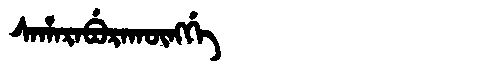
Manchu: ᠰᠠᡥᠠᡵᠠᠪᡠᡵᠠᡴᡡᠩᡤᡝ
Romanization: SAHARABURAKŪNGGE